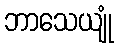
ဘာသေယျုံ